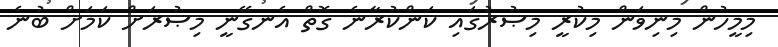
މިމީހުން މިނިވަން މިކުރީ މިޞުރުގައި ކަންކުރާނެ ގޮތް އެނގޭނީ މިޞުރަށް ކަމަށް ބުނެ